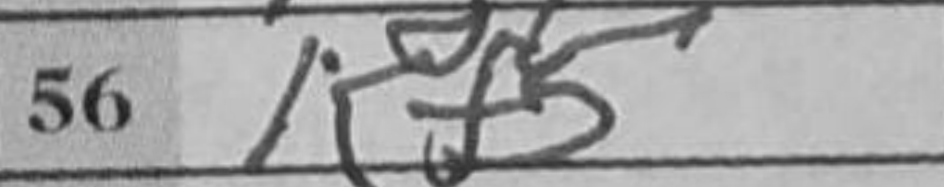
Transcription: Kf5